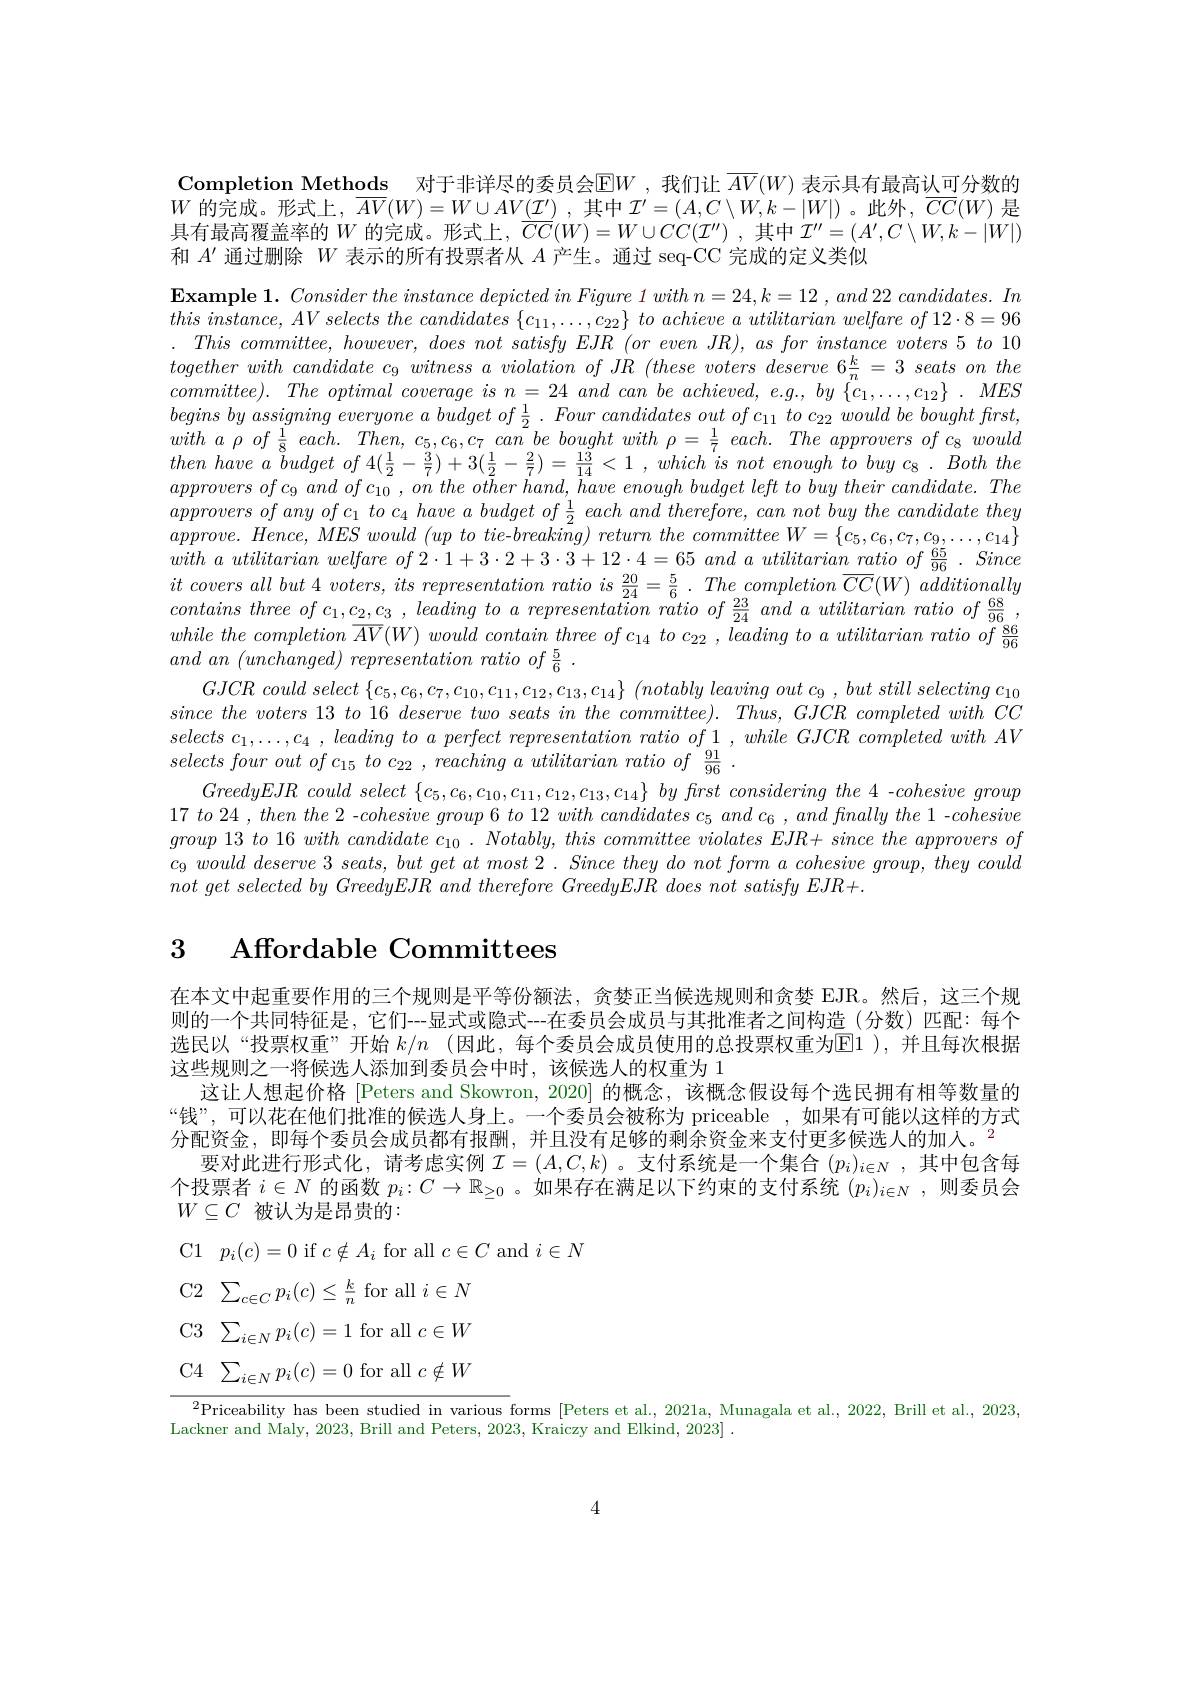
Completion Methods 对于非详尽的委员会$\overline{\mathrm{E}}W$ ,我们让 $\overline AV(W)$ 表示具有最高认可分数的$W$的完成。形式上，$\overline {A}V( W) = W\cup AV( \underline {\mathcal{I} ^{\prime }})$ ,其中$\mathcal{I}^\prime=(A,C\setminus W,k-|W|)$。此外，$\overline CC(W)$是具有最高覆盖率的$W$ 的完成。形式上，$\overrightarrow CC(W)=W\cup CC(\mathcal{I}^{\prime\prime})$ ,其中$\mathcal{T}^\prime=(A^{\prime},C\setminus W,k-|W|)$ 和$A^{\prime}$通过删除$W$表示的所有投票者从$A$产生。通过 seq-CC 完成的定义类似

$\textbf{Example 1. }\textit{Consider the instance depicted in Figure 1 with n}= 24, k= 12, and 22 candidates. In$ this $instance$, $AV$ selects the candidates $\{ c_{11}, \ldots , c_{22}\}$ $to$ achieve $a$ utilitarian welfare $of$ $12\cdot 8= 96$ $. \textit{ This committee, however, does not satisfy EJR }( oreven\textit{ JR}) , \textit{ as for instance voters 5 to 10}$ $togetherwith~candidate~c_{9}~witness~a~violation~of~JR~(these~voters~deserve~6\frac kn=3~seats~on~the$ $committee).The~optimal~coverage~is~n=~24~and~can~be~achieved,~e.g.,~by~\{c_{1},\ldots,c_{12}\}~.~MES$ begins $by$ assigning everyone $a$ budget $of\frac 12$ . Four candidates out $of$ $c_{11}$ $to$ $c_{22}$ would $be$ bought $first$, $witha\rho of\frac{1}{8}each.Then,c_5,c_6,c_7can\tilde{be}boughtwith\rho=\frac{1}{7}each.Theapproversofc_8would$ then have $a$ budget $of$ $4( \frac 12- \frac 37) + 3( \frac 12- \frac 27) = \frac {13}{14}< 1$ $, which$ $is$ not enough $to$ buy $c_{8}$ . Both the approvers $ofc_{9}$ and $of$ $c_{10}$ , $on$ the other $hand$, have enough budget left $to$ buy their $candidate.$ The $approvers\textit{ of any of c}_1\textit{ to c}_4\textit{ have a budget of }\frac 12\textit{ each and therefore, can not buy the candidate they}$ $approve.Hence,MESwould~(up~to~tie-breaking)~return~the~committee~W=\{c_5,c_6,c_7,c_9,\ldots,c_{14}\}$ $withautilitarianwelfareof2\cdot1+3\cdot2+3\cdot3+12\cdot4=65andautilitarianratioof\frac{65}{96}.Since$ $it$ covers all but 4 $voters$, its representation ratio $is$ $\frac {20}{24}= \frac 56$ . The completion $\overline {CC}( W)$ additionally contains three of $c_1,c_2,c_3$ , leading to $a\textit{ representation ratio of \frac{23}{24}}and$ a utilitarian ratio of $\frac{68}{96}$, whilethecompletion $\overline {AV}( W)$ would contain three $of$ $c_{14}$ $to$ $c_{22}$ , leading $to$ $a$ utilitarian ratio $of$ $\frac {86}{96}$ and $an$ $( unchanged)$ representation ratio $of$ $\frac 56$ .
$GJCR~could~select~\{c_{5},c_{6},c_{7},c_{10},c_{11},c_{12},c_{13},c_{14}\}~(notably~leaving~out~c_{9}~,~but~still~selecting~c_{10}~.$ $since\textit{ the voters 13 to 16 deserve two seats in the committee) . Thus, GJCR completed with CC}$ selects $c_1, \ldots , c_4$ , leading $to$ $a$ perfect representation ratio $of$ 1 , while $GJCR$ completed with $AV$ $selects\textit{ four out of c}_{15}\textit{ to c}_{22}, \textit{reaching a utilitarian ratio of }\frac {91}{96}.$
GreedyEJR could select $\{c_5,c_6,c_{10},c_{11},c_{12},c_{13},c_{14}\}$ by frst considering the 4 -cohesive group $17\textit{ to 24 , then the 2 - cohesive group 6 to 12 with candidates c }_5\textit{ and c}_6, and\textit{fnally the 1 - cohesive}$ $group13\textit{ to 16 with candidate c}_{10}. Notably, this\textit{ committee violates EJR+ since the approvers of}$ $c_{9}\textit{ would deserve 3 seats, but get at most 2. Since they do not form a cohesive group, they could}$ not get selected $by$ GreedyEJR and therefore GreedyEJR does not satisfy $EJR+ .$

# 3 Affordable Committees

在本文中起重要作用的三个规则是平等份额法，贪婪正当候选规则和贪婪 EJR。然后，这三个规则的一个共同特征是，它们--显式或隐式--在委员会成员与其批准者之间构造(分数)匹配：每个选民以“投票权重”开始$k/n$ (因此，每个委员会成员使用的总投票权重为回1 ),并且每次根据这些规则之一将候选人添加到委员会中时，该候选人的权重为 1
这让人想起价格 [Peters and Skowron, 2020] 的概念，该概念假设每个选民拥有相等数量的“钱”,可以花在他们批准的候选人身上。一个委员会被称为 priceable ,如果有可能以这样的方式分配资金，即每个委员会成员都有报酬，并且没有足够的剩余资金来支付更多候选人的加人。$^{2}$
要对此进行形式化，请考虑实例$\mathcal{I}=(A,C,k)$ 。支付系统是一个集合$(p_i)_{i\in N}$ ,其中包含每个投票者$i\in N$的函数$p_i:C\to\mathbb{R}_{\geq0}$ 。如果存在满足以下约束的支付系统$(p_i)_{i\in N}$,则委员会$W\subseteq C$被认为是昂贵的：
C1$p_i(c)=0$ if $c\notin A_i$ for all $c\in C$ and $i\in N$
$\begin{array}{cc}\text{C2}&\sum_{c\in C}p_i(c)\leq\frac kn\mod i\in N\end{array}$ C3 $\sum _{i\in N}p_i( c) = 1$for all$c\in W$ C4$\sum_{i\in N}p_i(c)=0$for all$c\notin W$ $^{2}$Priceability has been studied in various forms [Peters et al., 2021a, Munagala et al., 2022, Brill et al., 2023,
Lackner and Maly, 2023, Brill and Peters, 2023, Kraiczy and Elkind, 2023] .

4